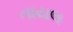
તાયલ